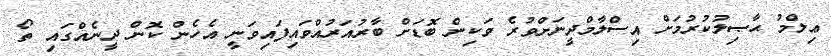
ޢިލްމު ޙާޞިލުކުރުމަށް އިސްލާމްދީނަށްވުރެ ވަކިން ބޮޑަށް ބާރުއަރުއްވައިފައިވަނީ އެހެން ކޮން ދީނެއްގައި ތޯ